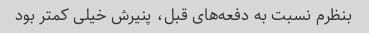
بنظرم نسبت به دفعه‌های قبل، پنیرش خیلی کمتر بود